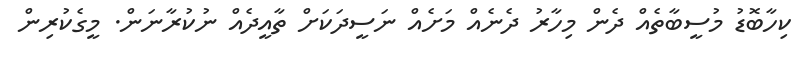
ކިހާބޮޑު މުސީބާތެއް ދެން މިހާރު ދެނެއް މަށެއް ނަސީދަކަށް ތާއީދެއް ނުކުރާނަން. މީގެކުރިން